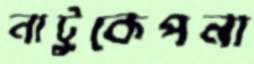
নাটুকেপনা